Annual report of the Punjab Veterinary College and of the Civil Veterinary Department, Punjab - 1909-1919
Year: 1909
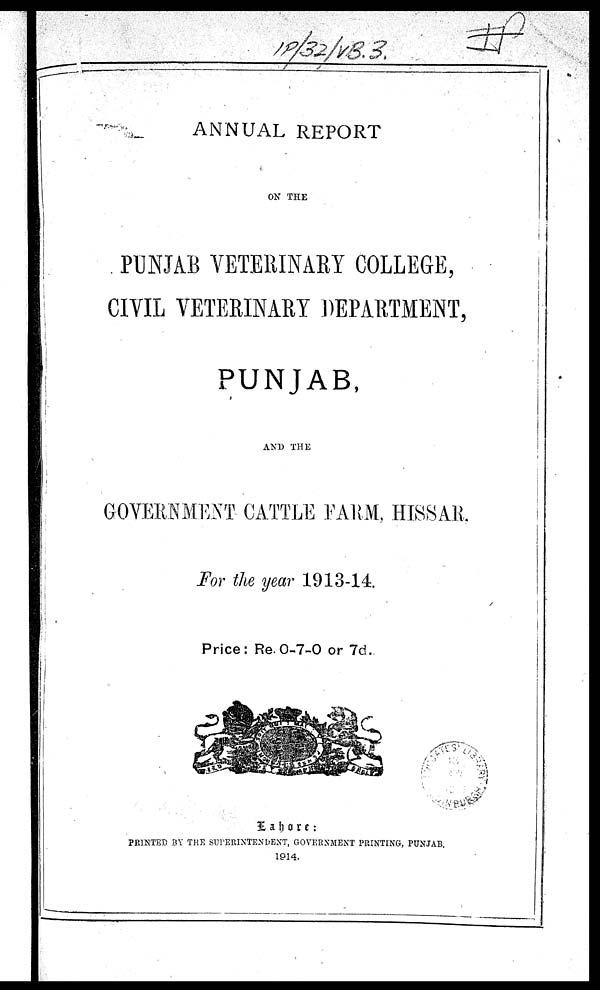
ANNUAL REPORT
ON THE
PUNJAB VETERINARY COLLEGE,
CIVIL VETERINARY DEPARTMENT,
PUNJAB,
AND THE
GOVERNMENT CATTLE FARM, HISSAR,
For the year 1913-14
Price: Re. 0-7-0 or 7d.
Lahore:
PRINTED BY THE SUPERINTENDENT, GOVERNMENT PRINTING, PUNJAB.
1914.